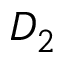
D _ { 2 }